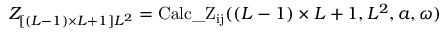
Z _ { \left[ ( L - 1 ) \times L + 1 \right] L ^ { 2 } } = \mathrm { C a l c \_ Z _ { i j } } ( ( L - 1 ) \times L + 1 , L ^ { 2 } , a , \omega )